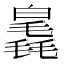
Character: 𣰗